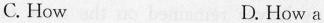
C. How D. How a